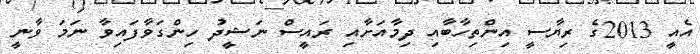
އެއީ 2013ގެ ރިޔާސީ އިންތިހާބާއި ދިމާއަށާއި ރައީސް ނަޝީދު ހިންގަވާފައިވާ ނަމަ ވާނީ